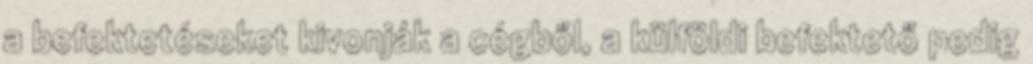
a befektetéseket kivonják a cégből, a külföldi befektető pedig